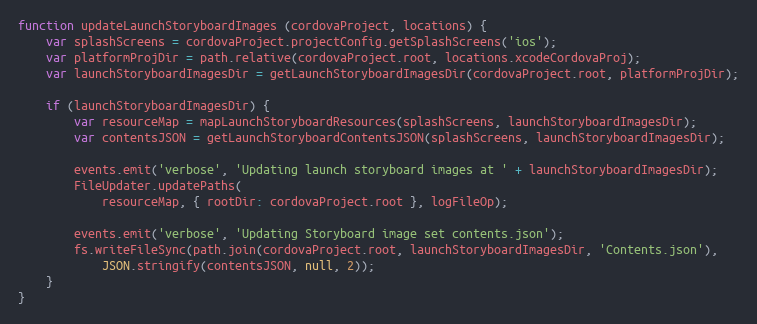
Language: JavaScript
function updateLaunchStoryboardImages (cordovaProject, locations) {
    var splashScreens = cordovaProject.projectConfig.getSplashScreens('ios');
    var platformProjDir = path.relative(cordovaProject.root, locations.xcodeCordovaProj);
    var launchStoryboardImagesDir = getLaunchStoryboardImagesDir(cordovaProject.root, platformProjDir);

    if (launchStoryboardImagesDir) {
        var resourceMap = mapLaunchStoryboardResources(splashScreens, launchStoryboardImagesDir);
        var contentsJSON = getLaunchStoryboardContentsJSON(splashScreens, launchStoryboardImagesDir);

        events.emit('verbose', 'Updating launch storyboard images at ' + launchStoryboardImagesDir);
        FileUpdater.updatePaths(
            resourceMap, { rootDir: cordovaProject.root }, logFileOp);

        events.emit('verbose', 'Updating Storyboard image set contents.json');
        fs.writeFileSync(path.join(cordovaProject.root, launchStoryboardImagesDir, 'Contents.json'),
            JSON.stringify(contentsJSON, null, 2));
    }
}